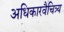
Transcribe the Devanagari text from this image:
अधिकारवैचित्र्य